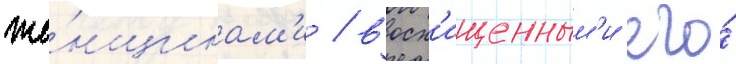
же́нщинам'и / восх'ищенным'и его́